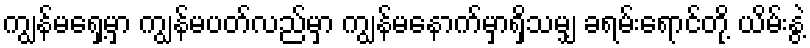
ကျွန်မရှေ့မှာ ကျွန်မပတ်လည်မှာ ကျွန်မနောက်မှာရှိသမျှ ခရမ်းရောင်တို့ ယိမ်းနွဲ့